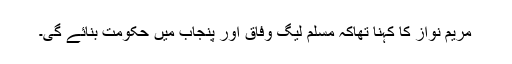
مریم نواز کا کہنا تھاکہ مسلم لیگ وفاق اور پنجاب میں حکومت بنائے گی۔